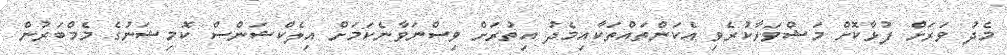
މެދު ވަރަށް ފުޅާކޮށް މަޝްވަރާކުރެވި އެކަންތައްތަކާއިމެދު އިތުރަށް ވިސްނަވާނެކަމަށް އިލެކްޝަންސް ކޮމިޝަނުގެ މެމްބަރުން